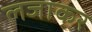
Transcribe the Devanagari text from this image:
लजाकर